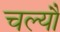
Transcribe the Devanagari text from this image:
चल्यौ